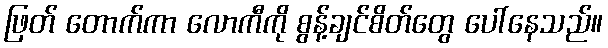
ဖြတ် တောက်ကာ လောကီကို စွန့်ချင်စိတ်တွေ ပေါ်နေသည်။